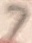
Text: 7